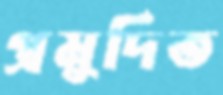
প্রমুদিত